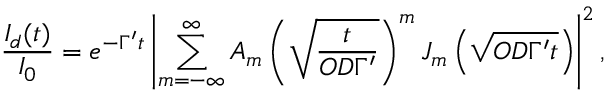
\frac { I _ { d } ( t ) } { I _ { 0 } } = e ^ { - \Gamma ^ { \prime } t } \left| \sum _ { m = - \infty } ^ { \infty } A _ { m } \left( \sqrt { \frac { t } { O D \Gamma ^ { \prime } } } \right) ^ { m } J _ { m } \left( \sqrt { O D \Gamma ^ { \prime } t } \right) \right| ^ { 2 } ,